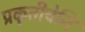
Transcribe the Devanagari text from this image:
प्रकृतीचेनि